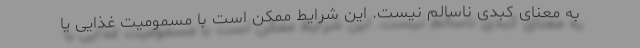
به معنای کبدی ناسالم نیست. این شرایط ممکن است با مسمومیت غذایی یا